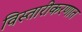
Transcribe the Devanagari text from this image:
विस्तारीकरणात